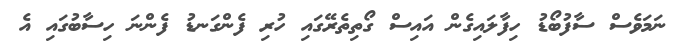
ނަމަވެސް ސާފުބޯޑު ހިފާލައިގެން އައިސް ގޯތިތެރޭގައި ހުރި ފެންގަނޑު ފެންނަ ހިސާބުގައި އެ